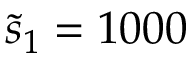
\tilde { s } _ { 1 } = 1 0 0 0